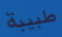
طبيبة